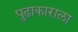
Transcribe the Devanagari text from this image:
पुढाकाराला